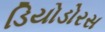
ડિયોડોરસ